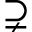
\supsetneq